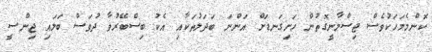
ކޮންމެމަހަކުވެސް ޖިސްމާނީގޮތުން ހަށިގަނޑަށް އަންނަ ބަދަލުތަކާއި އެކު ބިސްބޭރުވާ ދުވަސް ބަލައި ޖިންސީ